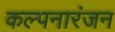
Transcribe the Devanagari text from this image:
कल्पनारंजन